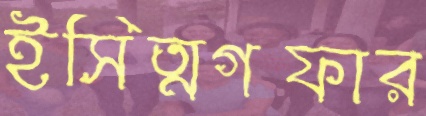
ইসিত্মগফার